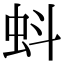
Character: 蚪